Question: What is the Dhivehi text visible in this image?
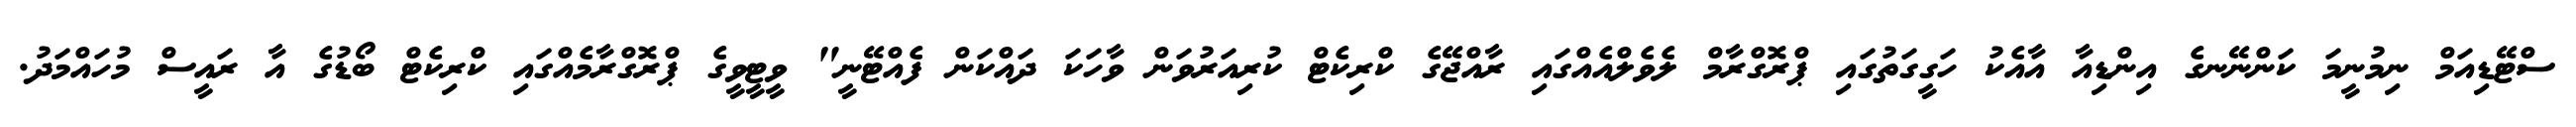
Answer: ސްޓޭޑިއަމް ނިމުނީމަ ކަންނޭނގެ އިންޑިއާ އާއެކު ހަގީގަތުގައި ޕްރޮގްރާމް ލެވެލްއެއްގައި ރާއްޖޭގެ ކްރިކެޓް ކުރިއަރުވަން ވާހަކަ ދައްކަން ފެއްޓޭނީ" ވީޓީވީގެ ޕްރޮގްރާމެއްގައި ކްރިކެޓް ބޯޑުގެ އާ ރައީސް މުހައްމަދު.